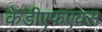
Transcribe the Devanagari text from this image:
केडीएफएक्स